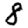
Digit: 8